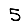
Digit: 5